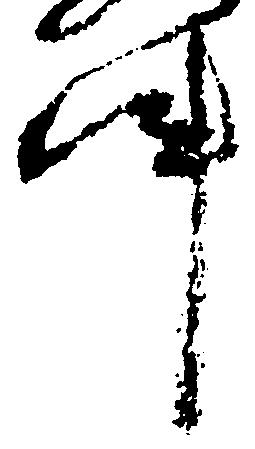
件